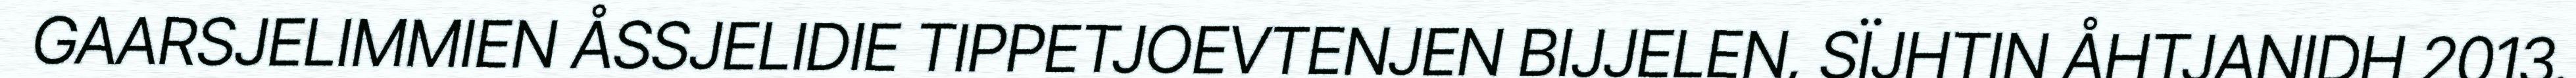
GAARSJELIMMIEN ÅSSJELIDIE TIPPETJOEVTENJEN BIJJELEN, SÏJHTIN ÅHTJANIDH 2013.